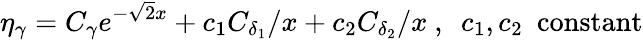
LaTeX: \eta_{\gamma}=C_{\gamma}e^{-\sqrt{2}x}+c_{1}C_{\delta_{1}}/x+c_{2}C_{\delta_{2}}/x\ ,\ \ c_{1},c_{2}\ \ \mathrm{constant}